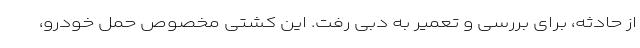
از حادثه، برای بررسی و تعمیر به دبی رفت. این کشتی مخصوص حمل خودرو،